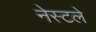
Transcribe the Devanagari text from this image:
नेस्टले